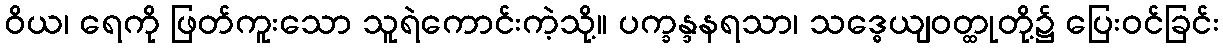
ဝိယ၊ ရေကို ဖြတ်ကူးသော သူရဲကောင်းကဲ့သို့။ ပက္ခန္ဒနရသာ၊ သဒ္ဓေယျဝတ္ထုတို့၌ ပြေးဝင်ခြင်း